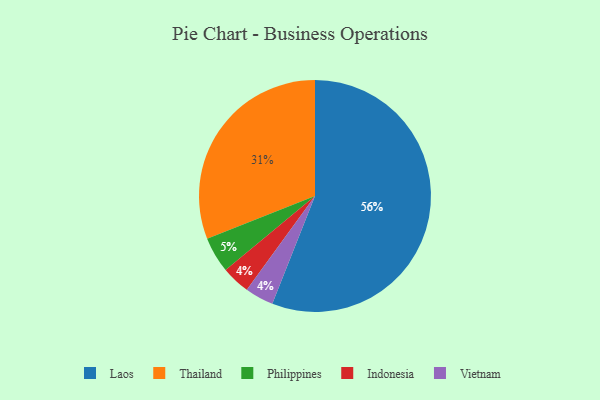
{"axis": {"x": "Category", "y": "Percentage"}, "legend": ["Indonesia", "Laos", "Philippines", "Thailand", "Vietnam"], "data": [{"x": "Indonesia", "y": 4, "type": "Indonesia"}, {"x": "Vietnam", "y": 4, "type": "Vietnam"}, {"x": "Thailand", "y": 31, "type": "Thailand"}, {"x": "Philippines", "y": 5, "type": "Philippines"}, {"x": "Laos", "y": 56, "type": "Laos"}]}